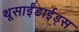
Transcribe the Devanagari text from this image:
थूसाईंडाईड्स